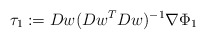
\begin{align*}\tau_1 := Dw (Dw^T Dw)^{-1} \nabla \Phi_1\, \end{align*}